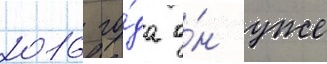
2016 го́да о́н уже